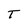
Character: T